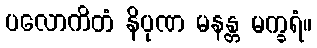
ပလောကိတံ နိပုဏ မနန္တ မက္ခရံ။